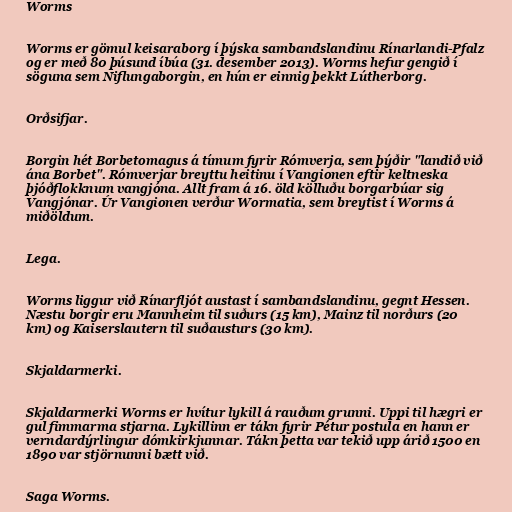
Worms

Worms er gömul keisaraborg í þýska sambandslandinu Rínarlandi-Pfalz
og er með 80 þúsund íbúa (31. desember 2013). Worms hefur gengið í
söguna sem Niflungaborgin, en hún er einnig þekkt Lútherborg.

Orðsifjar.

Borgin hét Borbetomagus á tímum fyrir Rómverja, sem þýðir "landið við
ána Borbet". Rómverjar breyttu heitinu í Vangionen eftir keltneska
þjóðflokknum vangjóna. Allt fram á 16. öld kölluðu borgarbúar sig
Vangjónar. Úr Vangionen verður Wormatia, sem breytist í Worms á
miðöldum.

Lega.

Worms liggur við Rínarfljót austast í sambandslandinu, gegnt Hessen.
Næstu borgir eru Mannheim til suðurs (15 km), Mainz til norðurs (20
km) og Kaiserslautern til suðausturs (30 km).

Skjaldarmerki.

Skjaldarmerki Worms er hvítur lykill á rauðum grunni. Uppi til hægri er
gul fimmarma stjarna. Lykillinn er tákn fyrir Pétur postula en hann er
verndardýrlingur dómkirkjunnar. Tákn þetta var tekið upp árið 1500 en
1890 var stjörnunni bætt við.

Saga Worms.